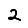
Digit: 2